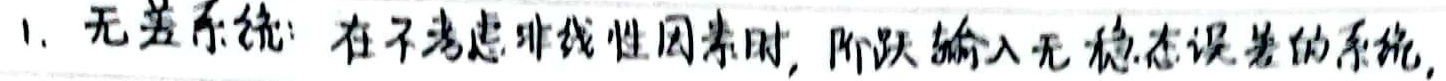
1. 无差系统：在不考虑非线性因素时，阶跃输入无稳态误差的系统。